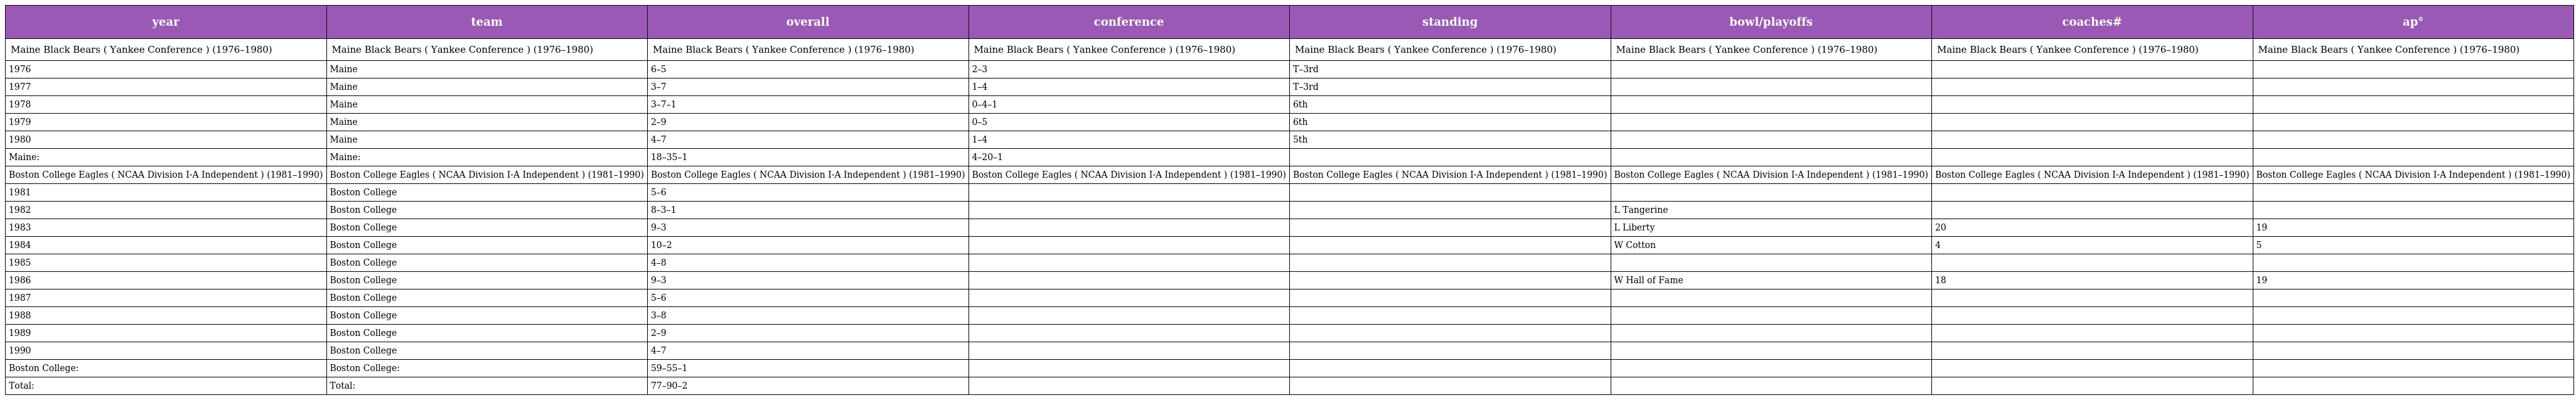
| year | team | overall | conference | standing | bowl/playoffs | coaches# | ap° |
 | --- | --- | --- | --- | --- | --- | --- | --- |
 | Maine Black Bears ( Yankee Conference ) (1976–1980) | Maine Black Bears ( Yankee Conference ) (1976–1980) | Maine Black Bears ( Yankee Conference ) (1976–1980) | Maine Black Bears ( Yankee Conference ) (1976–1980) | Maine Black Bears ( Yankee Conference ) (1976–1980) | Maine Black Bears ( Yankee Conference ) (1976–1980) | Maine Black Bears ( Yankee Conference ) (1976–1980) | Maine Black Bears ( Yankee Conference ) (1976–1980) |
 | 1976 | Maine | 6–5 | 2–3 | T–3rd |  |  |  |
 | 1977 | Maine | 3–7 | 1–4 | T–3rd |  |  |  |
 | 1978 | Maine | 3–7–1 | 0–4–1 | 6th |  |  |  |
 | 1979 | Maine | 2–9 | 0–5 | 6th |  |  |  |
 | 1980 | Maine | 4–7 | 1–4 | 5th |  |  |  |
 | Maine: | Maine: | 18–35–1 | 4–20–1 |  |  |  |  |
 | Boston College Eagles ( NCAA Division I-A Independent ) (1981–1990) | Boston College Eagles ( NCAA Division I-A Independent ) (1981–1990) | Boston College Eagles ( NCAA Division I-A Independent ) (1981–1990) | Boston College Eagles ( NCAA Division I-A Independent ) (1981–1990) | Boston College Eagles ( NCAA Division I-A Independent ) (1981–1990) | Boston College Eagles ( NCAA Division I-A Independent ) (1981–1990) | Boston College Eagles ( NCAA Division I-A Independent ) (1981–1990) | Boston College Eagles ( NCAA Division I-A Independent ) (1981–1990) |
 | 1981 | Boston College | 5–6 |  |  |  |  |  |
 | 1982 | Boston College | 8–3–1 |  |  | L Tangerine |  |  |
 | 1983 | Boston College | 9–3 |  |  | L Liberty | 20 | 19 |
 | 1984 | Boston College | 10–2 |  |  | W Cotton | 4 | 5 |
 | 1985 | Boston College | 4–8 |  |  |  |  |  |
 | 1986 | Boston College | 9–3 |  |  | W Hall of Fame | 18 | 19 |
 | 1987 | Boston College | 5–6 |  |  |  |  |  |
 | 1988 | Boston College | 3–8 |  |  |  |  |  |
 | 1989 | Boston College | 2–9 |  |  |  |  |  |
 | 1990 | Boston College | 4–7 |  |  |  |  |  |
 | Boston College: | Boston College: | 59–55–1 |  |  |  |  |  |
 | Total: | Total: | 77–90–2 |  |  |  |  |  |